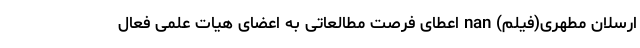
ارسلان مطهری(فیلم) nan اعطای فرصت مطالعاتی به اعضای هیات علمی فعال